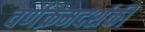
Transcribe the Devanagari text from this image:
वर्णक्रमदर्शकी